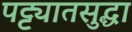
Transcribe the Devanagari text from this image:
पट्ट्यातसुद्धा